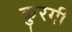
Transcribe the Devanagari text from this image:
कुरगी